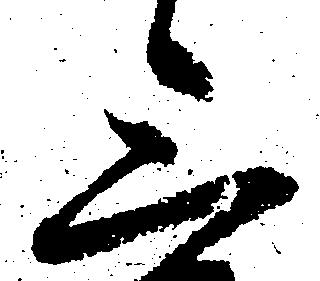
三